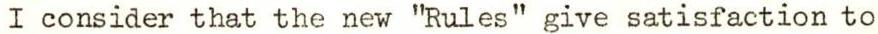
I consider that the new "Rules" give satisfaction to